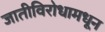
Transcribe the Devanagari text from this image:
जातीविरोधामधून